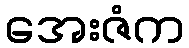
အေးဇံက